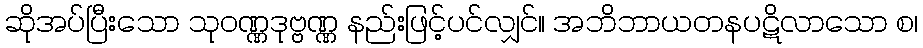
ဆိုအပ်ပြီးသော သုဝဏ္ဏဒုဗ္ဗဏ္ဏ နည်းဖြင့်ပင်လျှင်။ အဘိဘာယတနပဋိလာသော စ၊